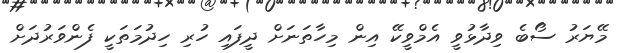
މޭޔަރު ސޯބެ ވިދާޅުވީ އެމްވީކޭ އިން މިހާތަނަށް ދީފައި ހުރި ހިދުމަތަކީ ފެންވަރުދަށް